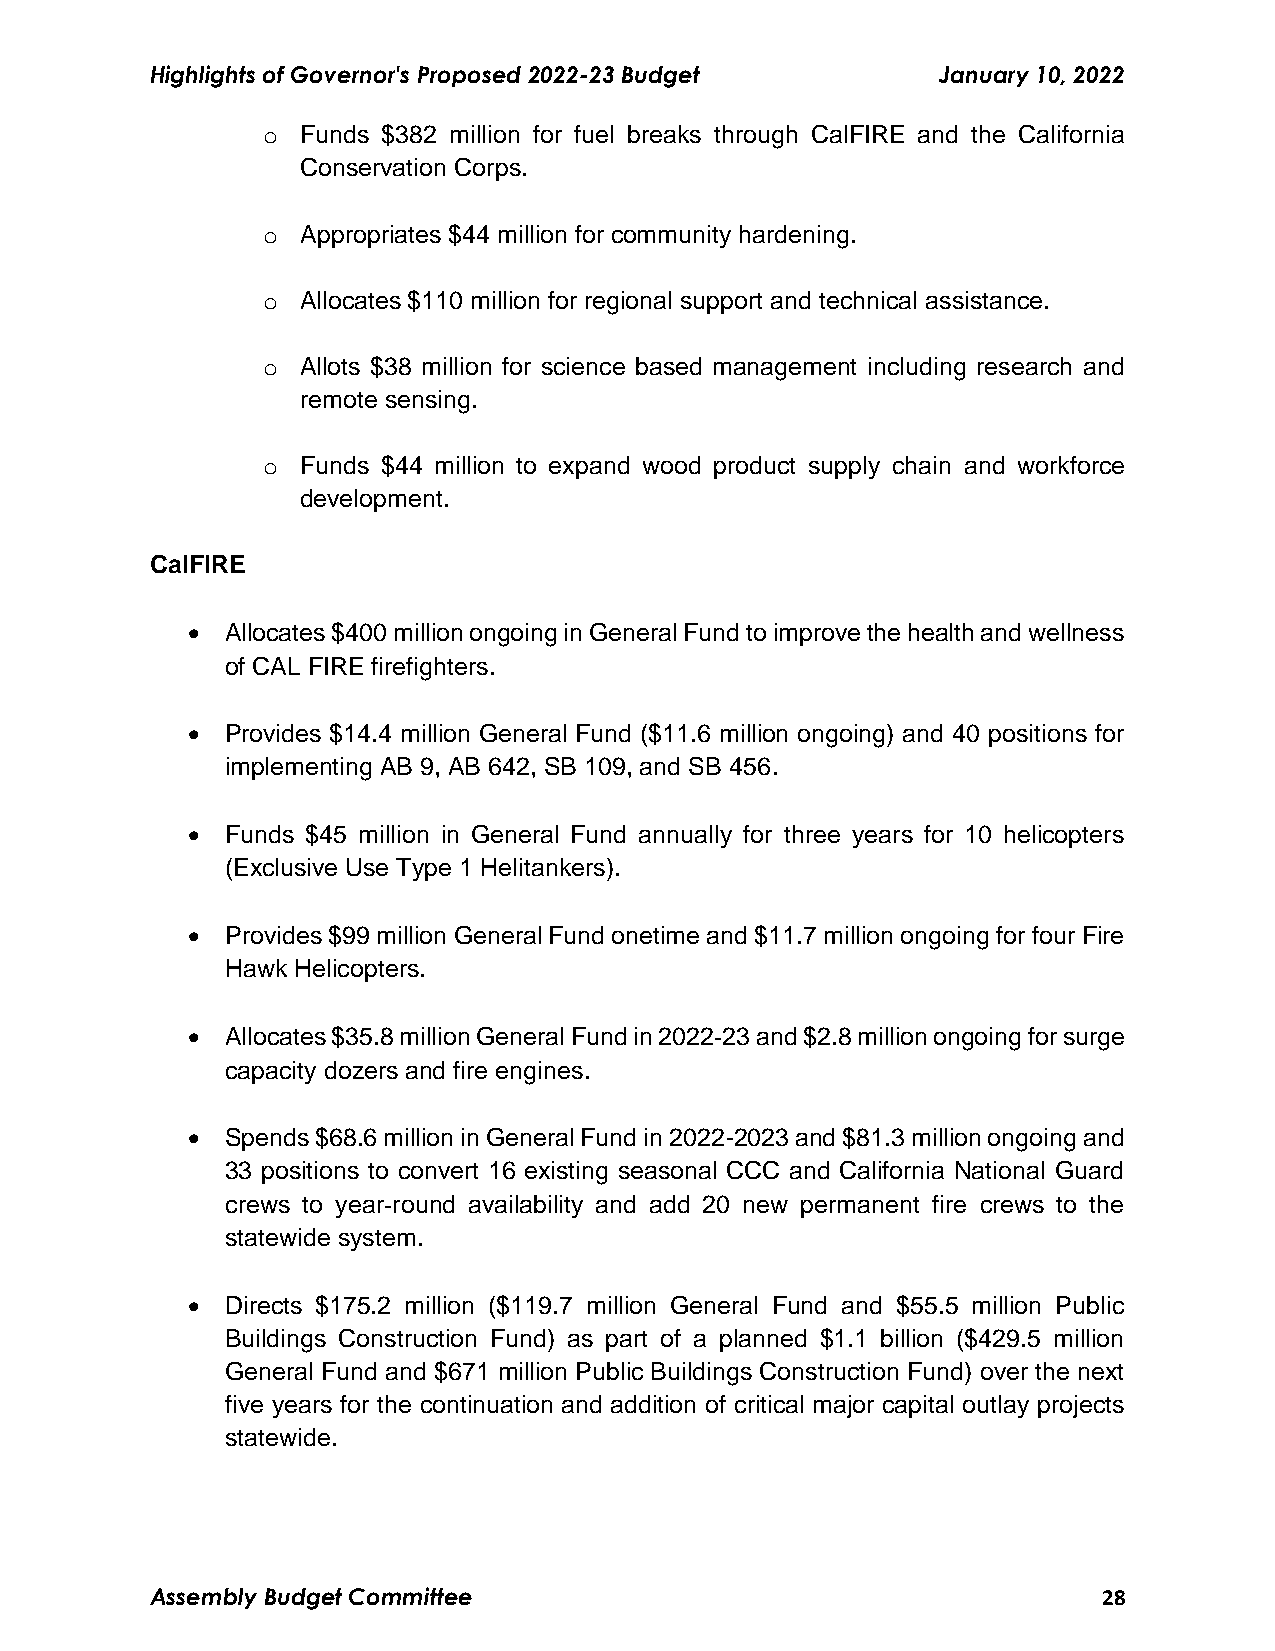
Highlights of Governor's Proposed 2022-23 Budget    January 10, 2022
 o  Funds $382 million for fuel breaks through CalFIRE and the California
 Conservation Corps.
 o  Appropriates $44 million for community hardening.
 o  Allocates $110 million for regional support and technical assistance.
 o  Allots $38 million for science based management including research and
 remote sensing.
 o  Funds $44 million to expand wood product supply chain and workforce
 development.
 CalFIRE
   Allocates $400 million ongoing in General Fund to improve the health and wellness
 of CAL FIRE firefighters.
   Provides $14.4 million General Fund ($11.6 million ongoing) and 40 positions for
 implementing AB 9, AB 642, SB 109, and SB 456.
   Funds $45 million in General Fund annually for three years for 10 helicopters
 (Exclusive Use Type 1 Helitankers).
   Provides $99 million General Fund onetime and $11.7 million ongoing for four Fire
 Hawk Helicopters.
   Allocates $35.8 million General Fund in 2022‑23 and $2.8 million ongoing for surge
 capacity dozers and fire engines.
   Spends $68.6 million in General Fund in 2022-2023 and $81.3 million ongoing and
 33 positions to convert 16 existing seasonal CCC and California National Guard
 crews to year‑round availability and add 20 new permanent fire crews to the
 statewide system.
   Directs $175.2 million ($119.7 million General Fund and $55.5 million Public
 Buildings Construction Fund) as part of a planned $1.1 billion ($429.5 million
 General Fund and $671 million Public Buildings Construction Fund) over the next
 five years for the continuation and addition of critical major capital outlay projects
 statewide.
 Assembly Budget Committee                                      28